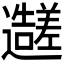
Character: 𬩭